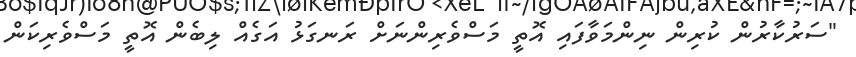
"ސަރުކާރުން ކުރިން ނިންމަވާފައި އޮތީ މަސްވެރިންނަށް ރަނގަޅު އަގެއް ލިބެން އޮތީ މަސްވެރިކަން